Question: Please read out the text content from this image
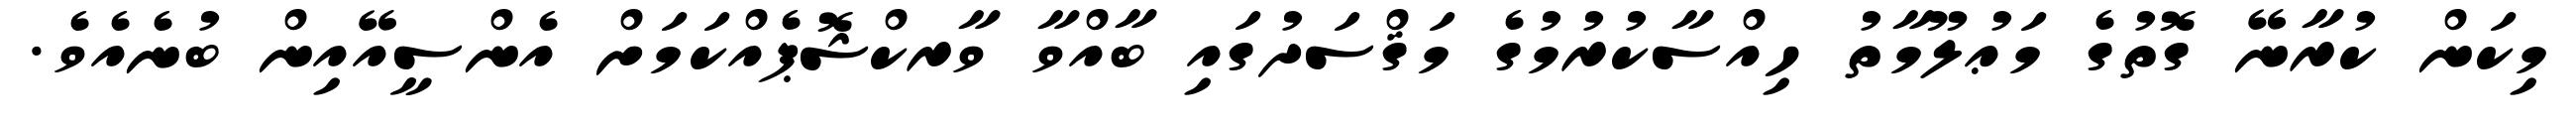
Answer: މިކަން ކުރާނޭ ގޮތުގެ މަޢުލޫމާތު ހިއްސާކުރުމުގެ މަޤްސަދުގައި ބާއްވާ ވާރކްޝޮޕެއްކަމަށް އެންސީއޭއިން ބުނެއެވެ.